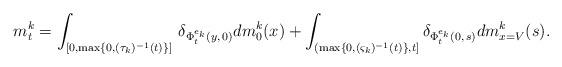
LaTeX: \begin{align*} m^k_t = \int_{[0, \max\{0,(\tau_k)^{-1}(t)\}]} \,\delta_{\Phi^{e_k}_t(y,\,0)}dm^k_0(x) + \int_{(\max\{0, (\varsigma_k)^{-1}(t)\},t]}\delta_{\Phi^{e_k}_t(0,\,s)}d m_{x=V}^k(s).\end{align*}